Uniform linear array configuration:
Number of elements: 32
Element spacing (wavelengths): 0.25
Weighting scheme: hamming
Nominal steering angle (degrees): -45
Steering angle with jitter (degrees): -45.16
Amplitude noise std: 0.05
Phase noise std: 0.05

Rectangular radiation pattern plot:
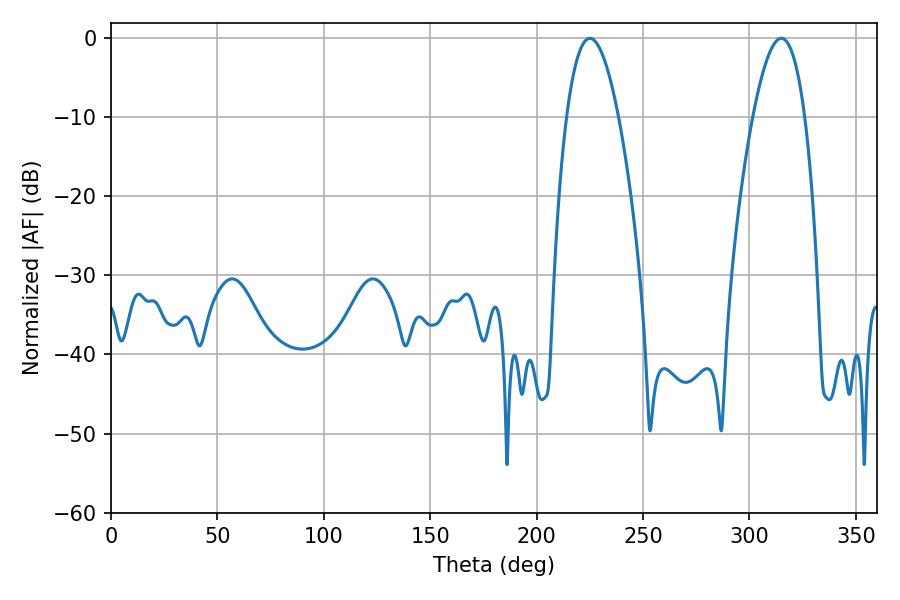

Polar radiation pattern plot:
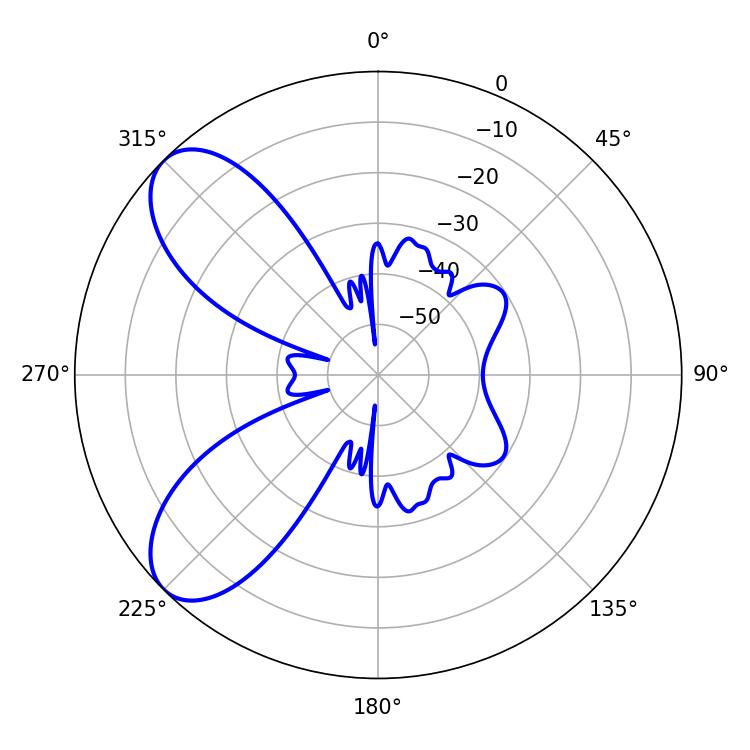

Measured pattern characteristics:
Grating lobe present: FALSE
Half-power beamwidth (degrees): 13.32
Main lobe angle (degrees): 225